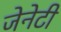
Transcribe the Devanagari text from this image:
जेनेटी